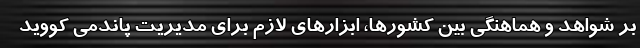
بر شواهد و هماهنگی بین کشورها، ابزار­های لازم برای مدیریت پاندمی کووید